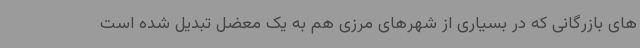
های بازرگانی که در بسیاری از شهرهای مرزی هم به یک معضل تبدیل شده است